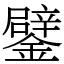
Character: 鐾